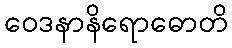
ဝေဒနာနိရောဓောတိ